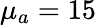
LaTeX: \mu_{a}=15